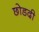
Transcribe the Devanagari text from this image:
छोडदी